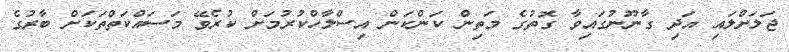
ޖަލަށްލައި އަދި ގާނޫނުގައިވާ ގޮތުގެ މަތިން ކަންކަން އިސްލާހްކުރުމަށް ކުރެވޭ މަސައްކަތްތަކަށް ބާރުގެ